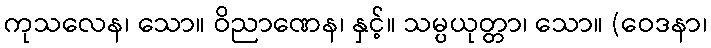
ကုသလေန၊ သော။ ဝိညာဏေန၊ နှင့်။ သမ္ပယုတ္တာ၊ သော။ (ဝေဒနာ၊